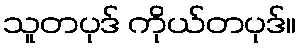
သူတပုဒ် ကိုယ်တပုဒ်။